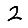
Digit: 2